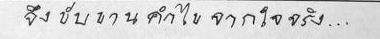
จึงขับขานคำไขจากใจจริง